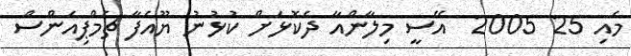
މެއި 25 2005  އޭސީ މިލާންއާ ދެކޮޅަށް ކުޅުނު ޔޫއެފާ ޗެމްޕިއަންސް